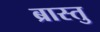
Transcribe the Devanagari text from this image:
ब्रास्तु